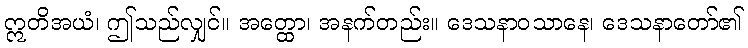
ဣတိအယံ၊ ဤသည်လျှင်။ အတ္ထော၊ အနက်တည်း။ ဒေသနာဝသာနေ၊ ဒေသနာတော်၏